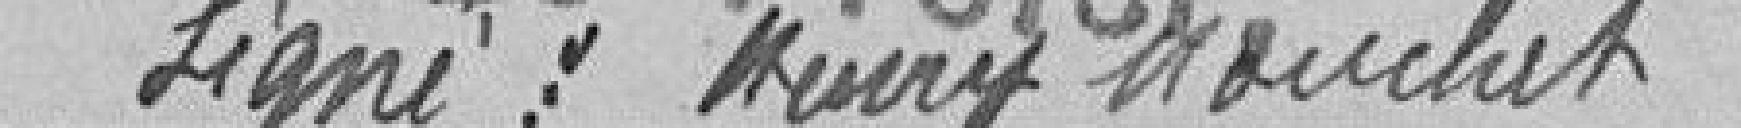
Signé : Henry Mouchet